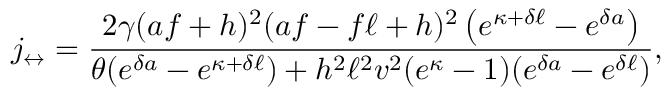
j _ { \leftrightarrow } = \frac { 2 \gamma ( a f + h ) ^ { 2 } ( a f - f \ell + h ) ^ { 2 } \left( e ^ { \kappa + \delta \ell } - e ^ { \delta a } \right) } { \theta ( e ^ { \delta a } - e ^ { \kappa + \delta \ell } ) + h ^ { 2 } \ell ^ { 2 } v ^ { 2 } ( e ^ { \kappa } - 1 ) ( e ^ { \delta a } - e ^ { \delta \ell } ) } ,